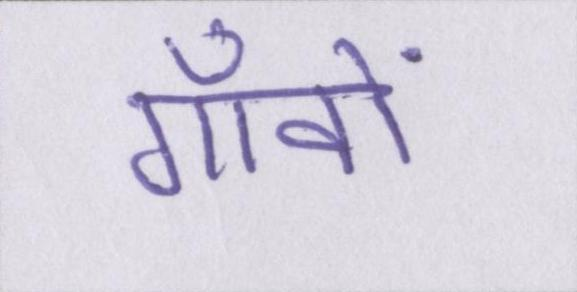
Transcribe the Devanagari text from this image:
गाँवों